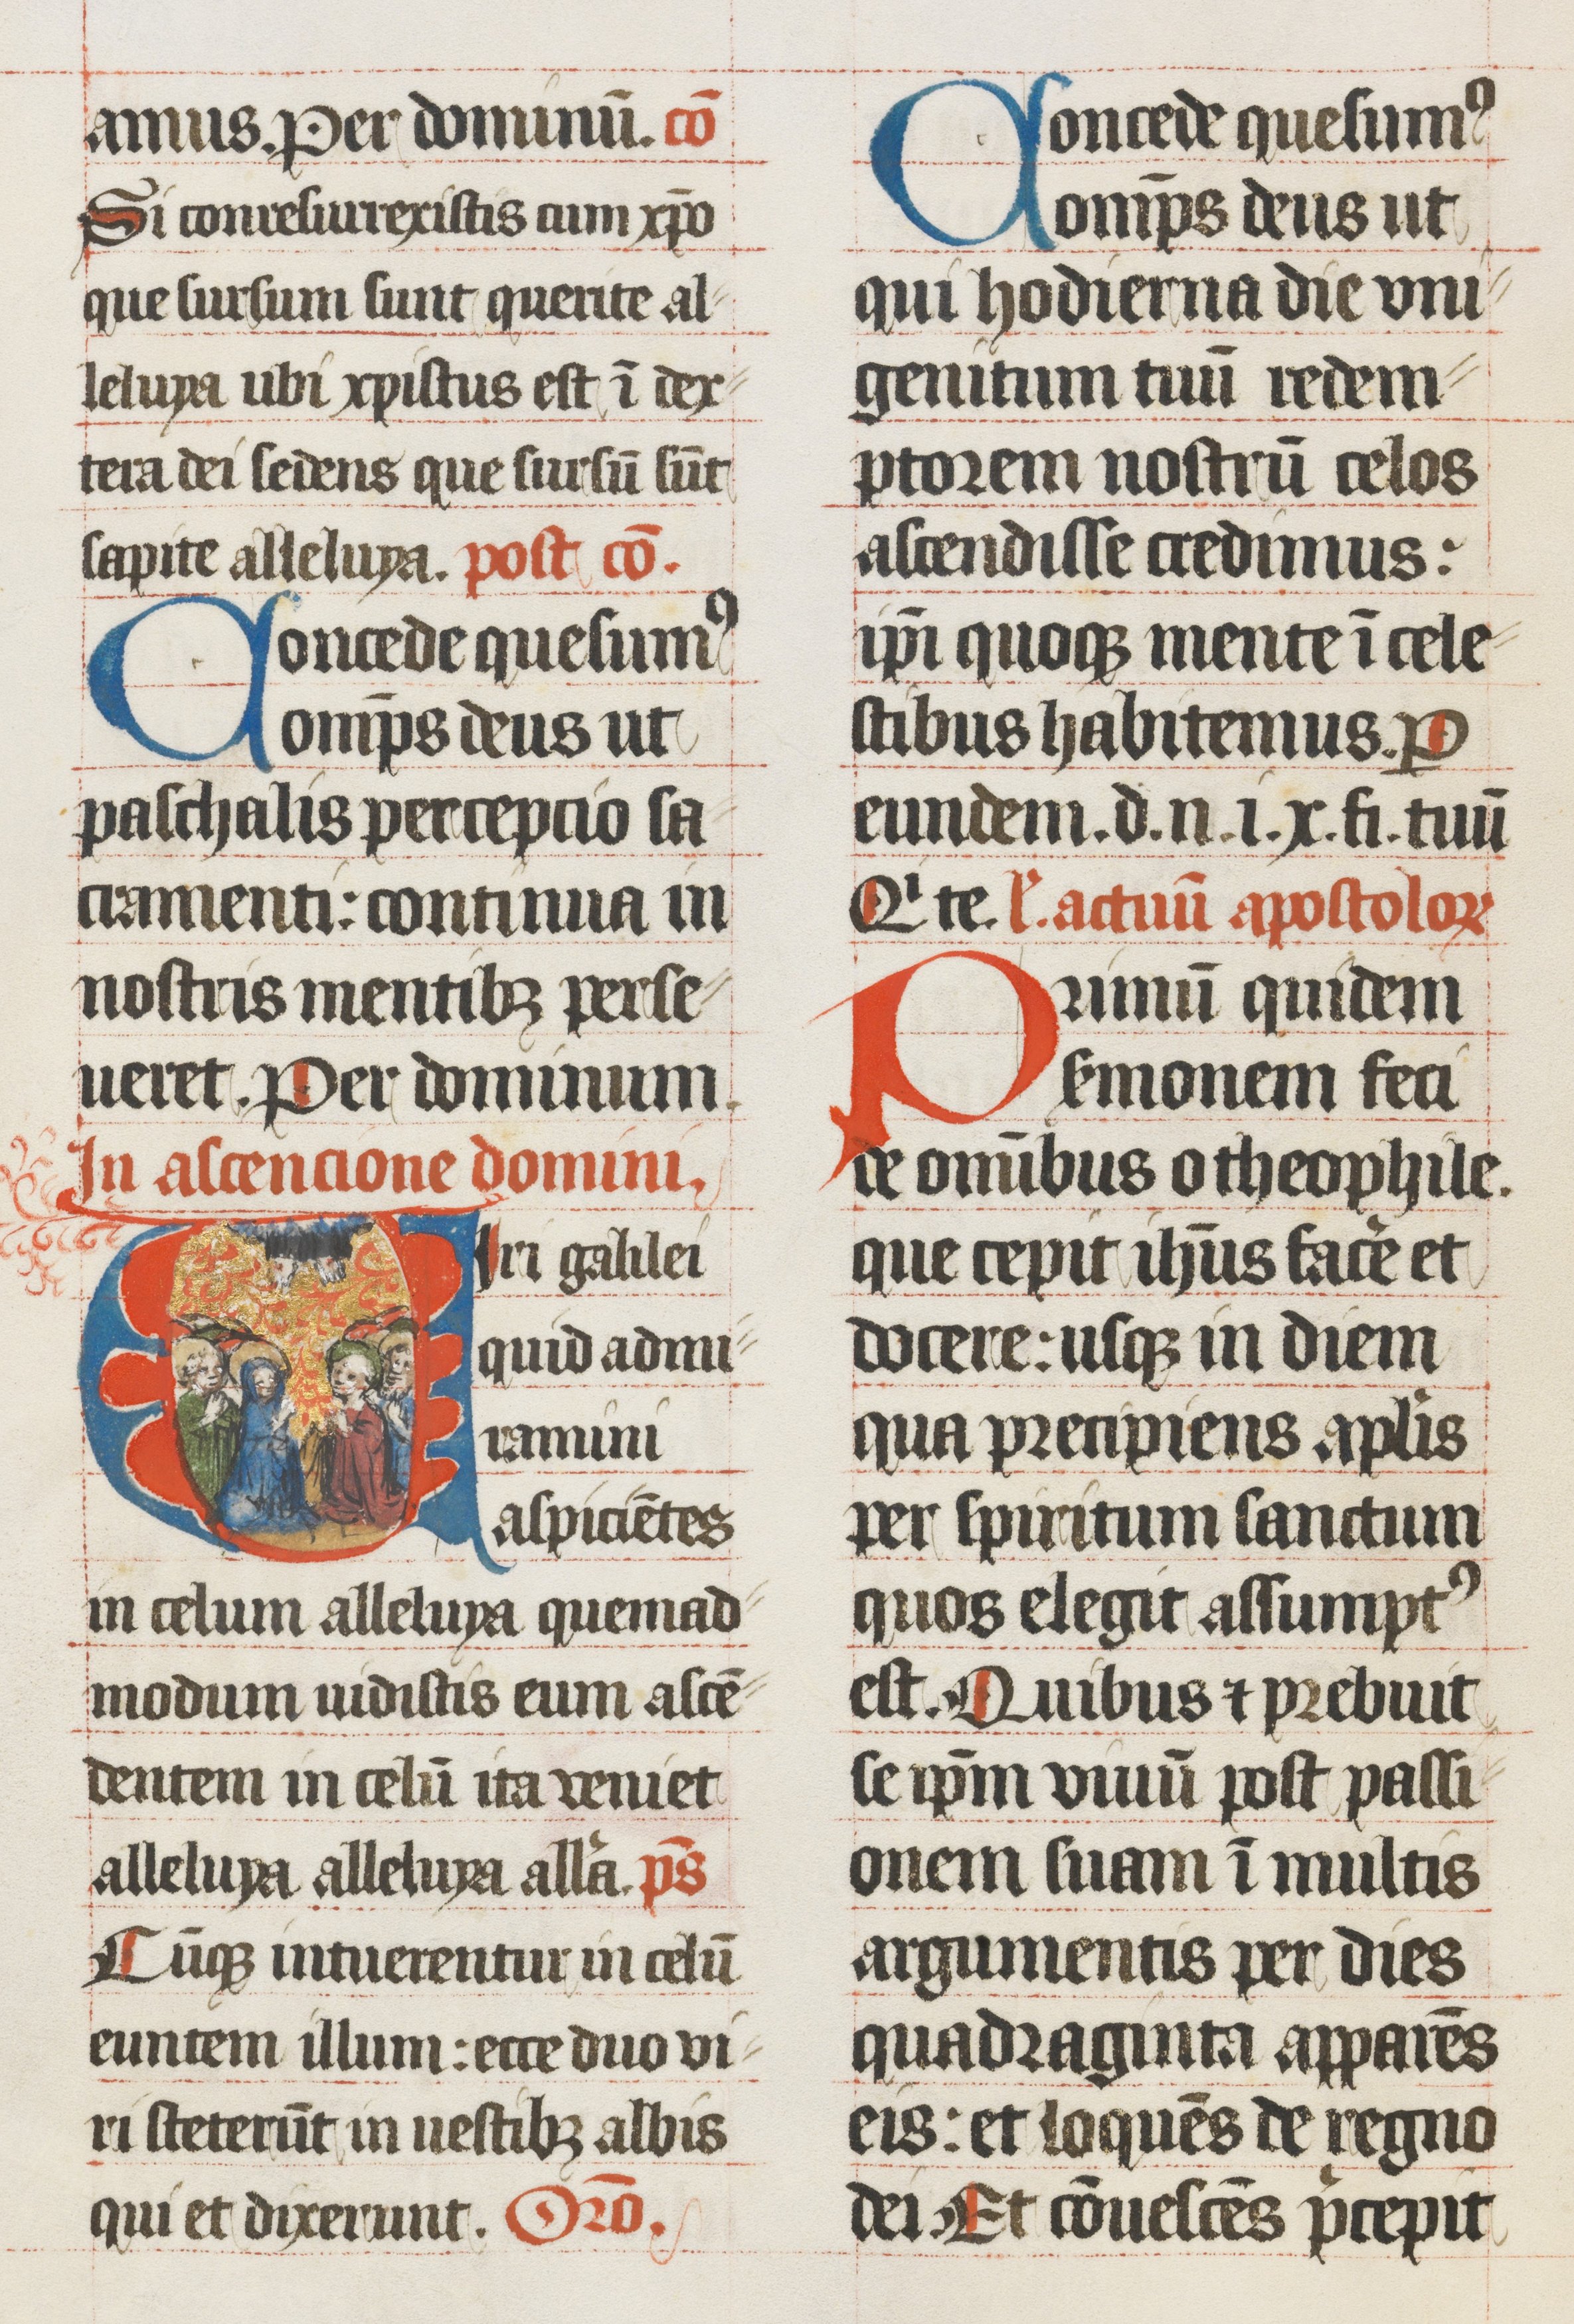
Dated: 1439–1439